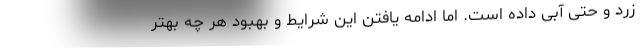
زرد و حتی آبی داده است. اما ادامه یافتن این شرایط و بهبود هر چه بهتر